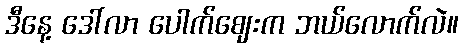
ဒီနေ့ ဒေါ်လာ ပေါက်ဈေးက ဘယ်လောက်လဲ။